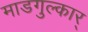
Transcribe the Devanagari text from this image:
माडगुल्कार्